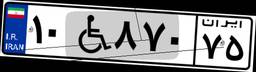
۲۰W۲۰۷۳۹